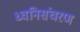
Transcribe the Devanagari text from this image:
ध्वनिसंचरण